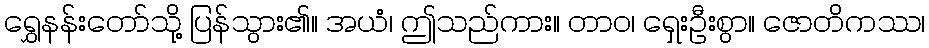
ရွှေနန်းတော်သို့ ပြန်သွား၏။ အယံ၊ ဤသည်ကား။ တာဝ၊ ရှေးဦးစွာ။ ဇောတိကဿ၊